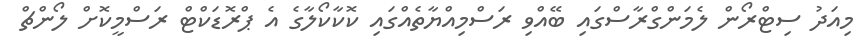
މިއަދު ސިޓްރޯން ލެމަންގްރާސްގައި ބޭއްވި ރަސްމިއްޔާތެއްގައި ކޮކާކޯލާގެ އެ ޕްރޮޑަކްޓް ރަސްމީކޮށް ލޯންޗް